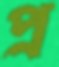
প্র